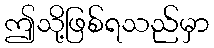
ဤသို့ဖြစ်ရသည်မှာ